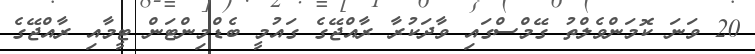
20 ވަނަ ކޮމަންވެލްތު ގޭމްސްގައި ވާދަކުރާ ރާއްޖޭގެ ގައުމީ ބެޑްމިންޓަން ޓީމާއި ރާއްޖޭގެ